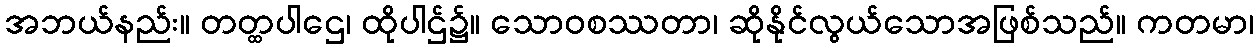
အဘယ်နည်း။ တတ္ထပါဌေ၊ ထိုပါဌ်၌။ သောဝစဿတာ၊ ဆိုနိုင်လွယ်သောအဖြစ်သည်။ ကတမာ၊